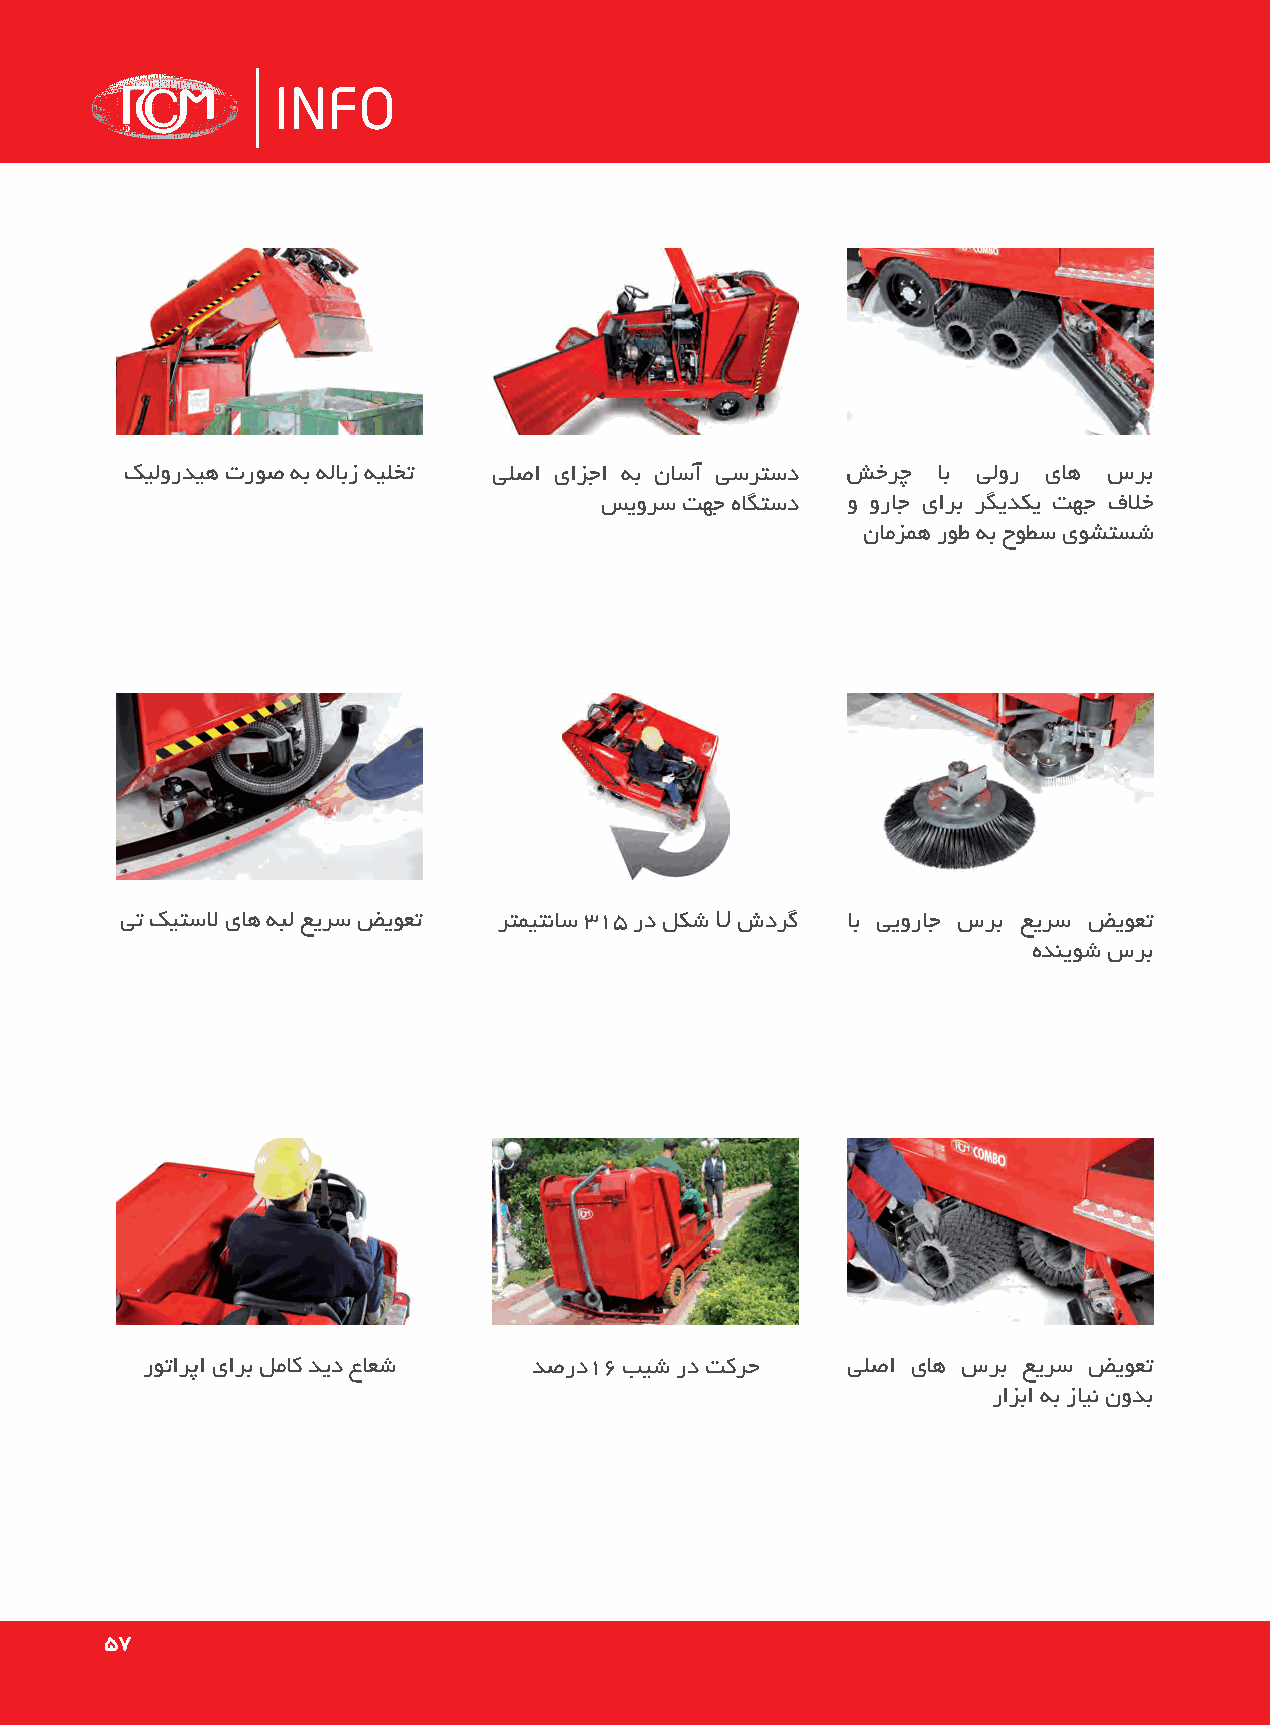
INFO
 کیلوردیه تروص هب هلابز هیلخت یلصا یازجا هب ناسآ یسرتسد شخرچ اب یلور یاه سرب
 سیورس تهج هاگتسد و وراج یارب رگیدکی تهج فلاخ
 نامزمه روط هب حوطس یوشتسش
 یت کیتسلا یاه هبل عیرس ضیوعت رتمیتناس 315 رد لکش U شدرگ اب ییوراج سرب عیرس ضیوعت
 هدنیوش سرب
 روتارپا یارب لماک دید عاعش دصرد16 بیش رد تکرح  یلصا یاه سرب عیرس ضیوعت
 رازبا هب زاین نودب
 5577